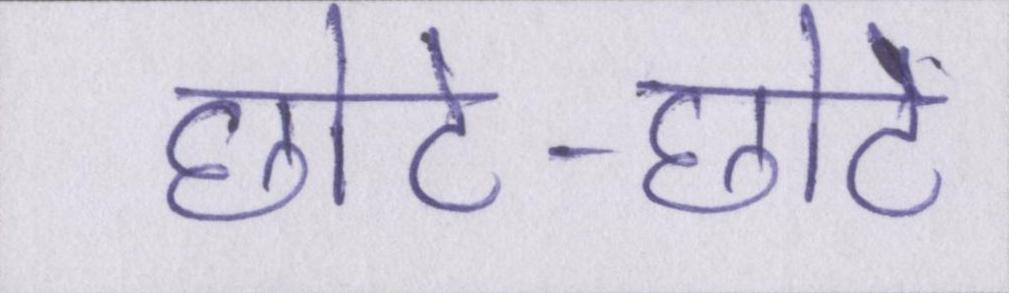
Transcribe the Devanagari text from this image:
छोटे-छोटे